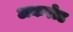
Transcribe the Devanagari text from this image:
अकरोड